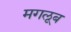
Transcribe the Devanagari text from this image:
मगलूब